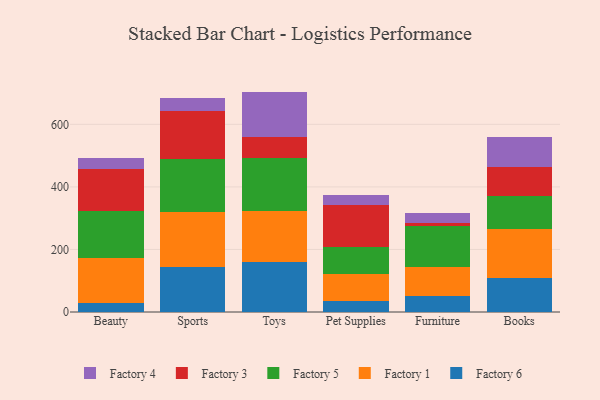
{"axis": {"x": "Category", "y": "Tickets Resolved"}, "legend": ["Factory 1", "Factory 3", "Factory 4", "Factory 5", "Factory 6"], "data": [{"x": "Beauty", "y": 28.8, "type": "Factory 6"}, {"x": "Beauty", "y": 145.1, "type": "Factory 1"}, {"x": "Beauty", "y": 150.3, "type": "Factory 5"}, {"x": "Beauty", "y": 131.9, "type": "Factory 3"}, {"x": "Beauty", "y": 35.0, "type": "Factory 4"}, {"x": "Sports", "y": 144.9, "type": "Factory 6"}, {"x": "Sports", "y": 176.3, "type": "Factory 1"}, {"x": "Sports", "y": 168.3, "type": "Factory 5"}, {"x": "Sports", "y": 154.2, "type": "Factory 3"}, {"x": "Sports", "y": 39.0, "type": "Factory 4"}, {"x": "Toys", "y": 160.2, "type": "Factory 6"}, {"x": "Toys", "y": 162.2, "type": "Factory 1"}, {"x": "Toys", "y": 171.2, "type": "Factory 5"}, {"x": "Toys", "y": 66.1, "type": "Factory 3"}, {"x": "Toys", "y": 145.0, "type": "Factory 4"}, {"x": "Pet Supplies", "y": 36.3, "type": "Factory 6"}, {"x": "Pet Supplies", "y": 84.7, "type": "Factory 1"}, {"x": "Pet Supplies", "y": 88.1, "type": "Factory 5"}, {"x": "Pet Supplies", "y": 134.2, "type": "Factory 3"}, {"x": "Pet Supplies", "y": 31.0, "type": "Factory 4"}, {"x": "Furniture", "y": 50.4, "type": "Factory 6"}, {"x": "Furniture", "y": 93.8, "type": "Factory 1"}, {"x": "Furniture", "y": 129.8, "type": "Factory 5"}, {"x": "Furniture", "y": 9.0, "type": "Factory 3"}, {"x": "Furniture", "y": 33.2, "type": "Factory 4"}, {"x": "Books", "y": 107.9, "type": "Factory 6"}, {"x": "Books", "y": 158.1, "type": "Factory 1"}, {"x": "Books", "y": 106.4, "type": "Factory 5"}, {"x": "Books", "y": 92.4, "type": "Factory 3"}, {"x": "Books", "y": 95.5, "type": "Factory 4"}]}